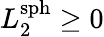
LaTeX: L_{2}^{\textrm{sph}}\geq 0